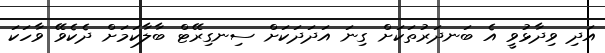
އަދި ވިދާޅުވީ އެ ބަނދަރުތަކަށް ގިނަ އަދަދަކަށް ސިނގިރޭޓް ބާލާކަމަށް ދެކެވޭ ވާހަކަ